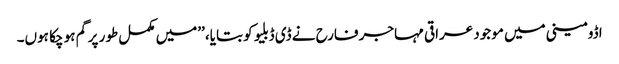
اڈومینی میں موجود عراقی مہاجر فارح نے ڈی ڈبلیو کو بتایا، ’’میں مکمل طور پر گم ہو چکا ہوں۔